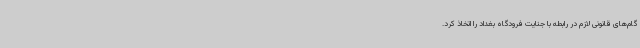
گام‌های قانونی لازم در رابطه با جنایت فرودگاه بغداد را اتخاذ کرد.